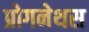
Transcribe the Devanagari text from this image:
प्रोगनेथस